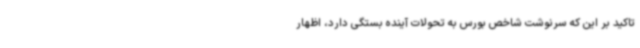
تاکید بر این که سرنوشت شاخص بورس به تحولات آینده بستگی دارد، اظهار